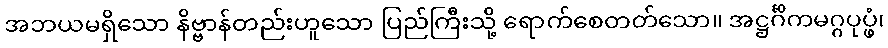
အဘယမရှိသော နိဗ္ဗာန်တည်းဟူသော ပြည်ကြီးသို့ ရောက်စေတတ်သော။ အဋ္ဌင်္ဂိကမဂ္ဂပုပ္ဖံ၊